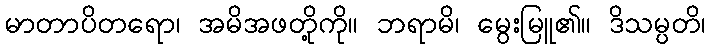
မာတာပိတရော၊ အမိအဖတို့ကို။ ဘရာမိ၊ မွေးမြူ၏။ ဒိသမ္ပတိ၊